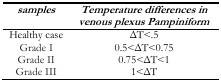
<table><thead><tr><td><b><i>samples</i></b></td><td><b><i>Temperature differences in venous plexus Pampiniform</i></b></td></tr></thead><tbody><tr><td>Healthy case</td><td>ΔT&lt;.5</td></tr><tr><td>Grade I</td><td>0.5&lt;ΔT&lt;0.75</td></tr><tr><td>Grade II</td><td>0.75&lt;ΔT&lt;1</td></tr><tr><td>Grade III</td><td>1&lt;ΔT</td></tr></tbody></table>